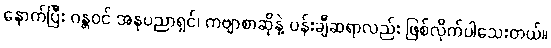
နောက်ပြီး ဂန္တဝင် အနုပညာရှင်၊ ကဗျာစာဆိုနဲ့ ပန်းချီဆရာလည်း ဖြစ်လိုက်ပါသေးတယ်။